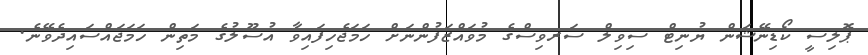
ޕޮލިސީ ކޯޑިނޭޝަން ޔުނިޓް ސިވިލް ސަރވިސްގެ މުވައްޒަފުންނަށް ހަމަޖެހިފައިވާ އުސޫލުގެ މަތިން ހަމަޖައްސައިދެވޭނެ.